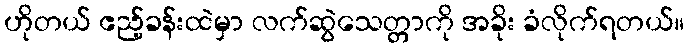
ဟိုတယ် ဧည့်ခန်းထဲမှာ လက်ဆွဲသေတ္တာကို အခိုး ခံလိုက်ရတယ်။